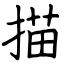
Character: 描